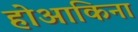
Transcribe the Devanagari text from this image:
होआकिना